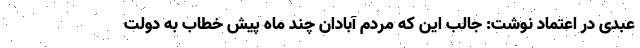
عبدی در اعتماد نوشت: جالب این که مردم آبادان چند ماه پیش خطاب به دولت